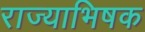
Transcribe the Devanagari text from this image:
राज्याभिषक